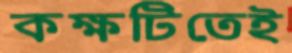
কক্ষটিতেই